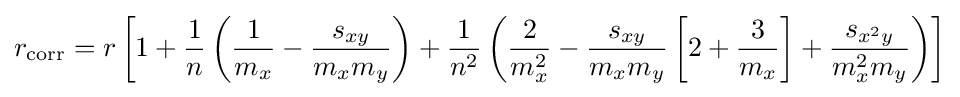
r_{\mathrm {corr} }=r\left[1+{\frac {1}{n}}\left({\frac {1}{m_{x}}}-{\frac {s_{xy}}{m_{x}m_{y}}}\right)+{\frac {1}{n^{2}}}\left({\frac {2}{m_{x}^{2}}}-{\frac {s_{xy}}{m_{x}m_{y}}}\left[2+{\frac {3}{m_{x}}}\right]+{\frac {s_{x^{2}y}}{m_{x}^{2}m_{y}}}\right)\right]